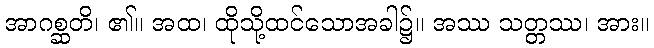
အာဂစ္ဆတိ၊ ၏။ အထ၊ ထိုသို့ထင်သောအခါ၌။ အဿ သတ္တဿ၊ အား။